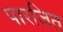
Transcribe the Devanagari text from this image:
पारजित